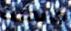
جريمتك